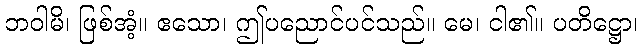
ဘဝါမိ၊ ဖြစ်အံ့။ ဧသော၊ ဤပညောင်ပင်သည်။ မေ၊ ငါ၏။ ပတိဋ္ဌော၊